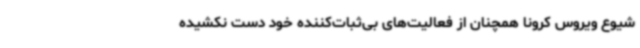
شیوع ویروس کرونا همچنان از فعالیت‌های بی‌ثبات‌کننده خود دست نکشیده